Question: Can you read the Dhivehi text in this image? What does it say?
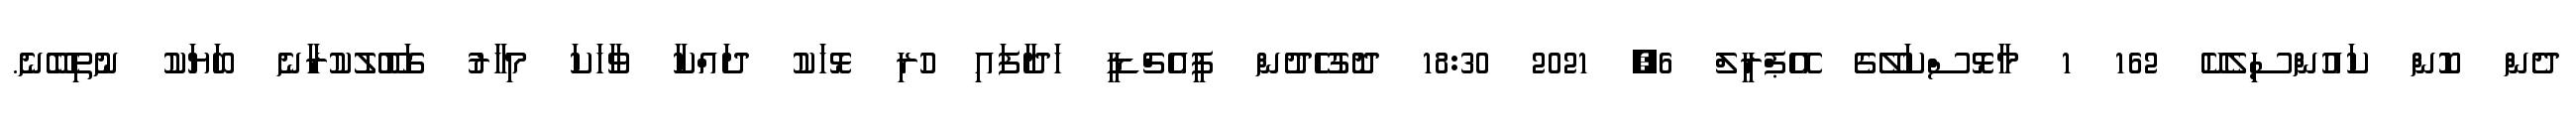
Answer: ދެން ކޮން ކައުންސިލެކޭ 162 1 މާޅޮސްކަލޭގެ އޭޕްރީލް 6, 2021 18:30 ދޮގުހެދުން ޕީއެޗްޑީ ހަދާފައި ހުރި ޅޮހަކު ދައްކާ ވާހަކަ މިހާރު ގަބޫލުކުރާނެ ބަޔަކު ނުތިބޭނެ.